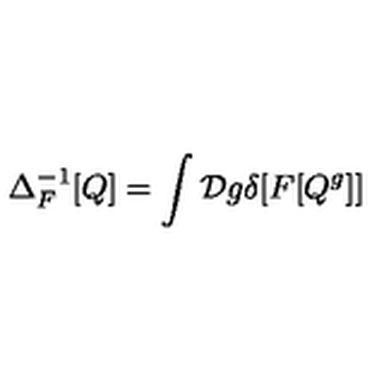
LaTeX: \Delta _ { F } ^ { - 1 } [ Q ] = \int { \cal D } g \delta [ F [ Q ^ { g } ] ]